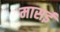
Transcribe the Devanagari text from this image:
मासई